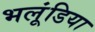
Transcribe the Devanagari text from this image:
भलूंडिया